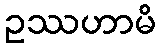
ဥဿဟာမိ